Source: Handwritten
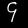
Digit: ၄ (4)